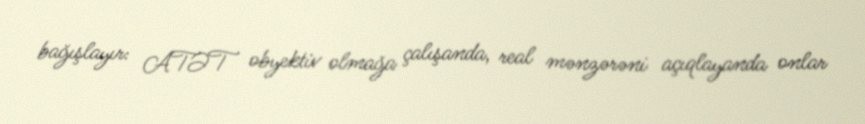
bağışlayır: ATƏT obyektiv olmağa çalışanda, real mənzərəni açıqlayanda onlar